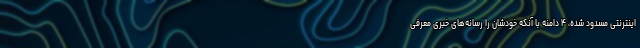
اینترنتی مسدود شده، ۴ دامنه با آنکه خودشان را رسانه‌های خبری معرفی